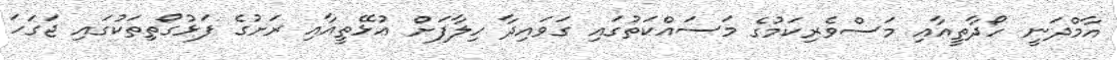
އާމްދަނީ ހޯދާތީއާއި މަސްވެރިކަމުގެ މަސައްކަތުގައި ގަވައިދާ ހިލާފަށް އުޅޭތީއާއި ރަށުގެ ފަޅުގޯތިތަކުގައި ޖަގަހަ